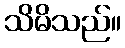
သိမိသည်။